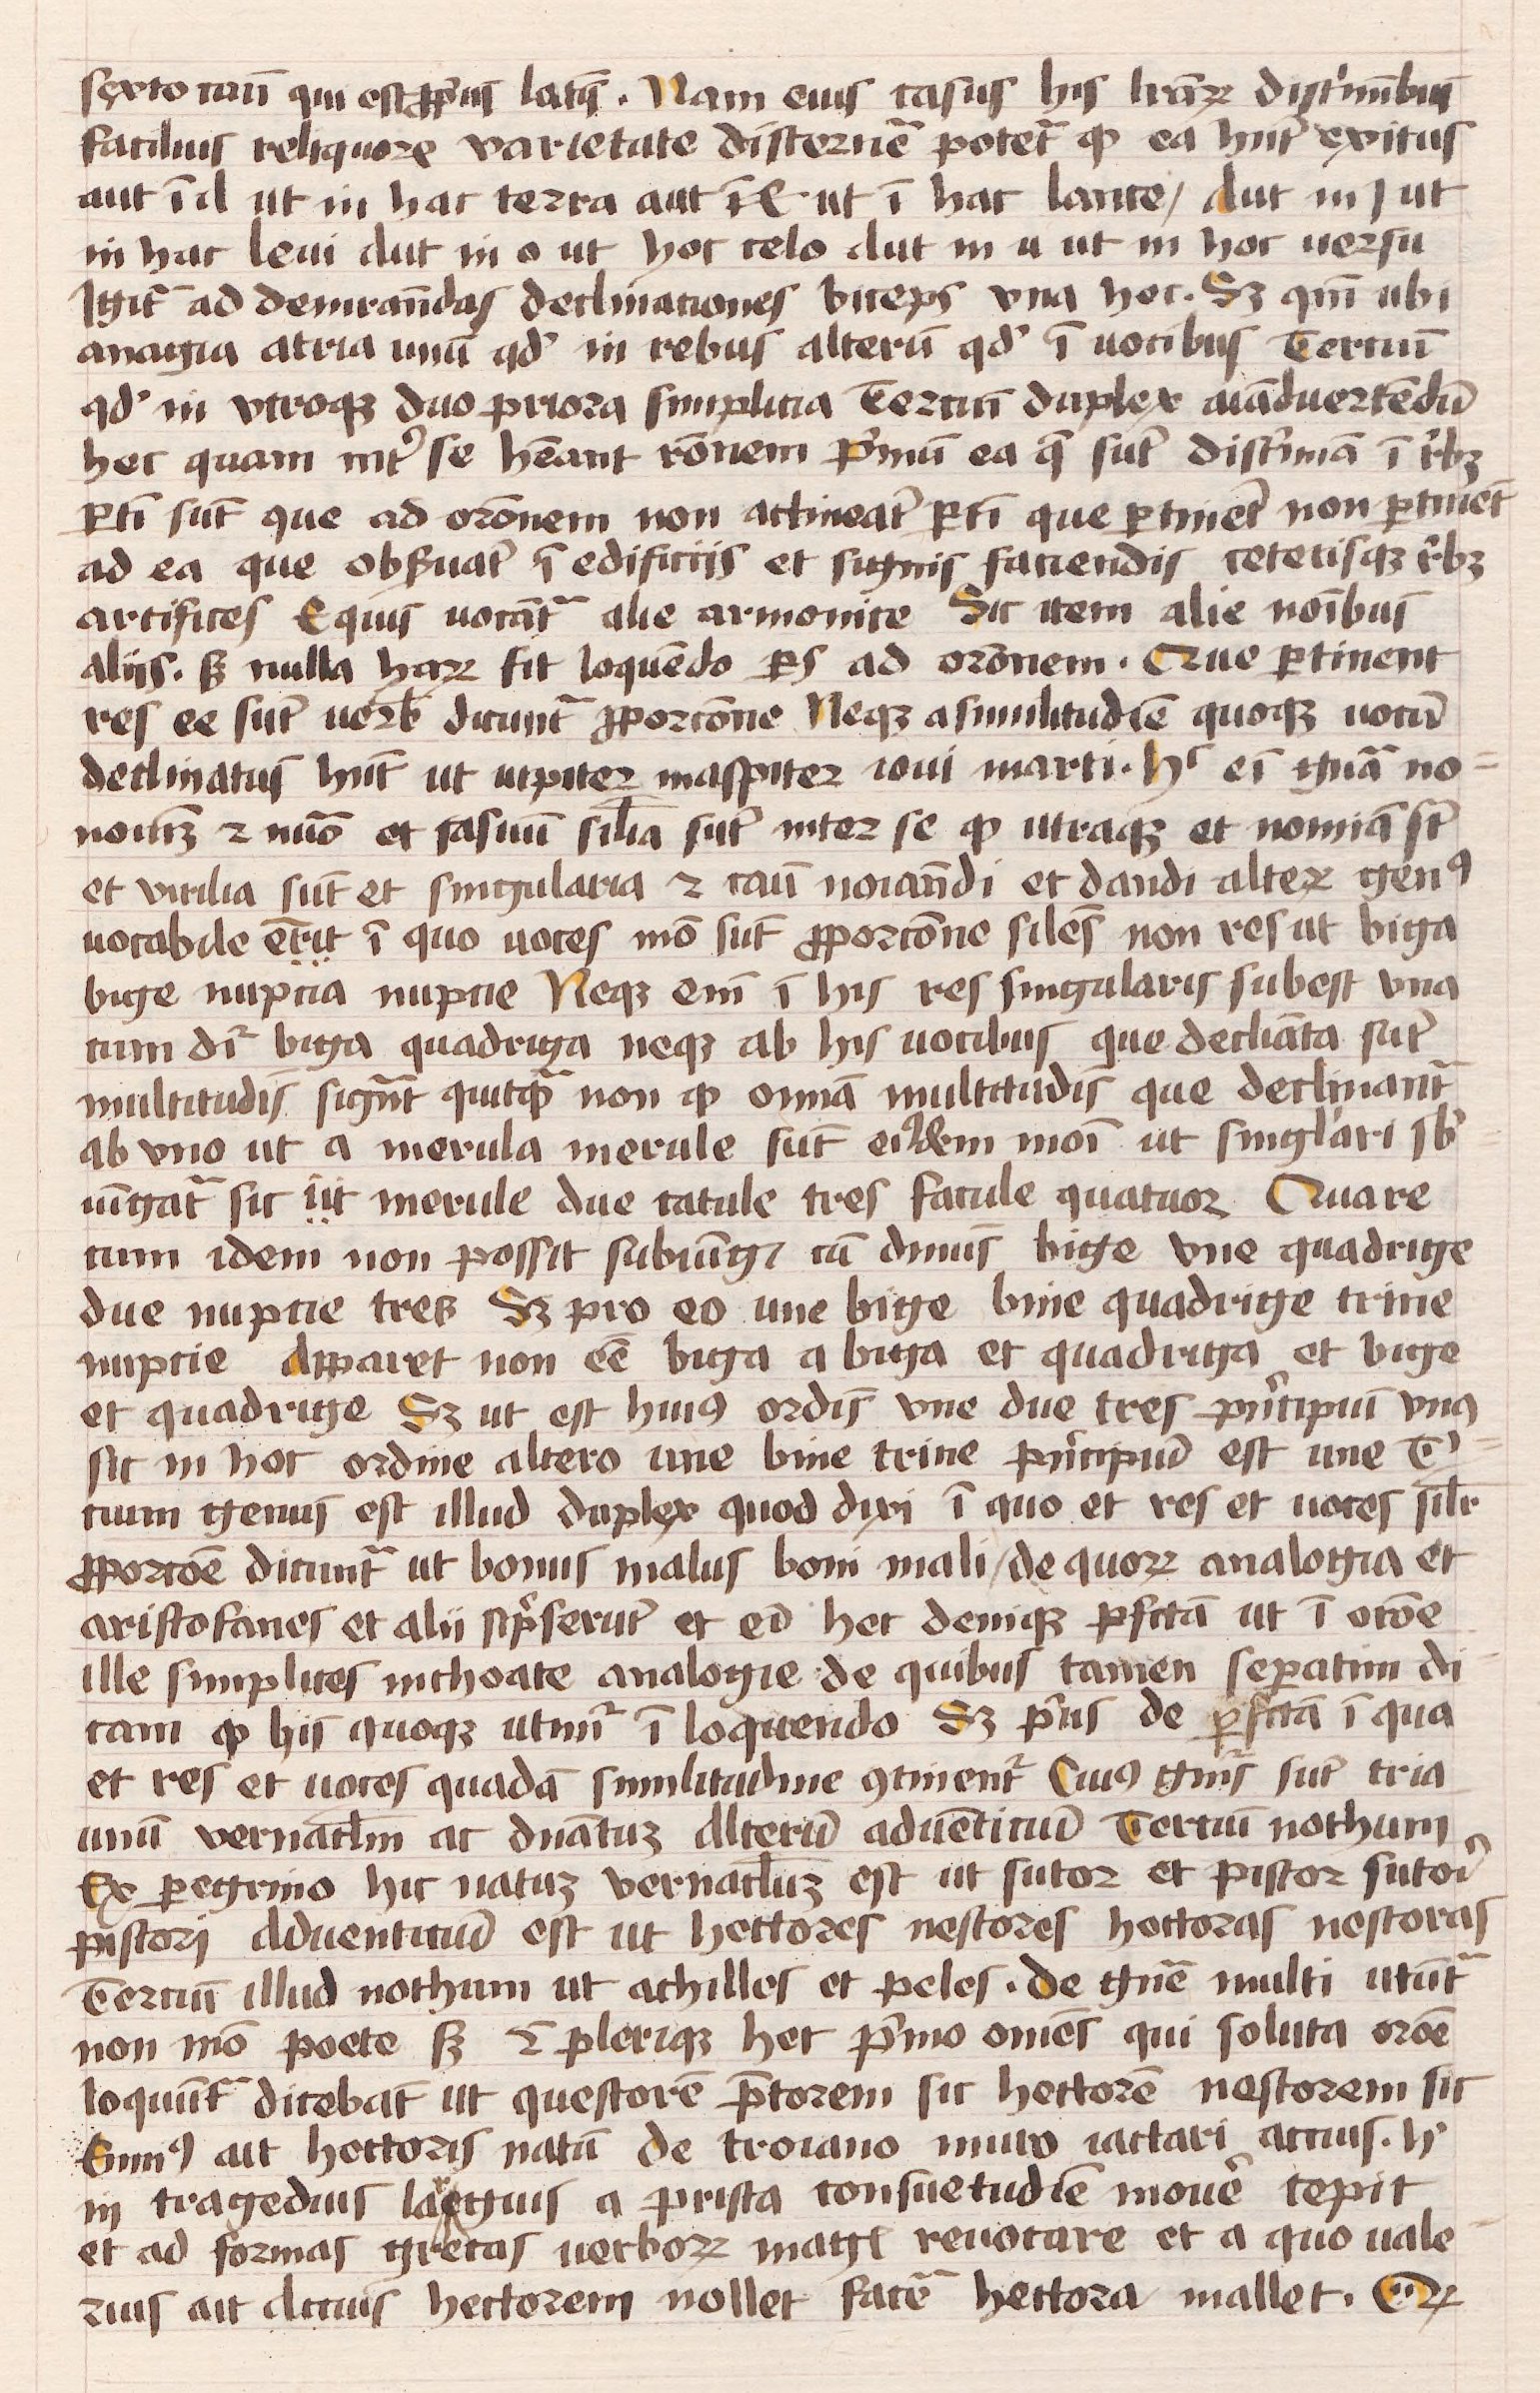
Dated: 1450–1474